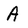
Character: A